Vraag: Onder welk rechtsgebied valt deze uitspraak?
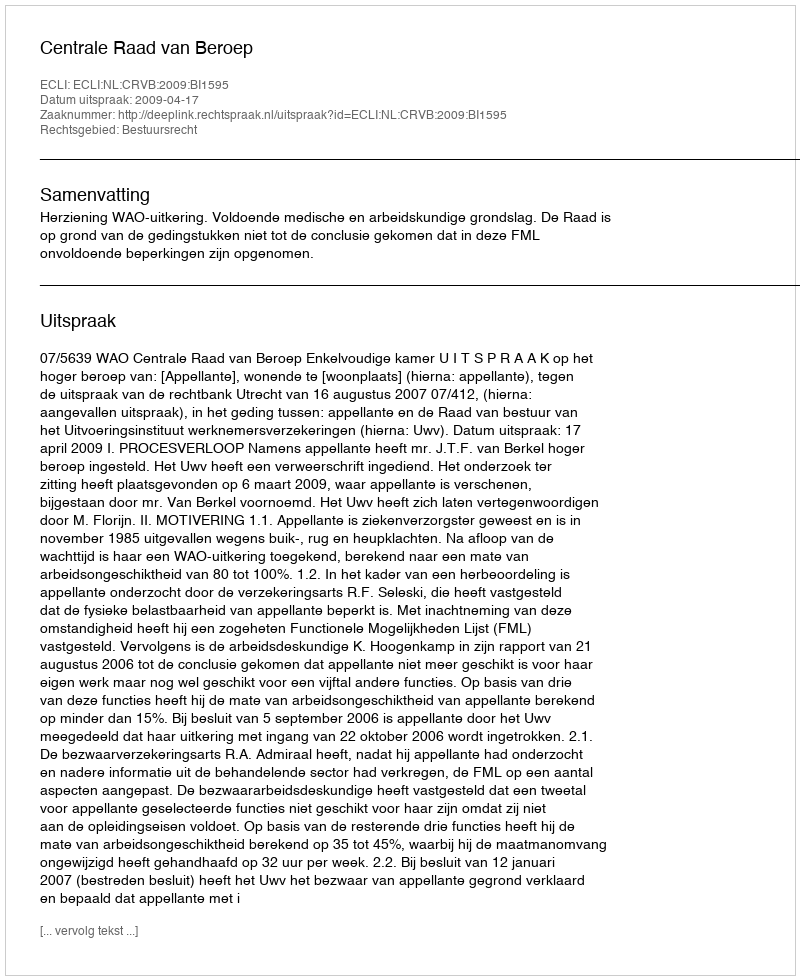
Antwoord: Bestuursrecht